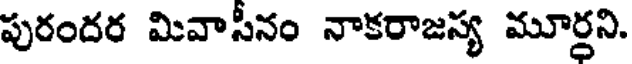
పురందర మివాసీనం నాకరాజస్య మూర్ధని.